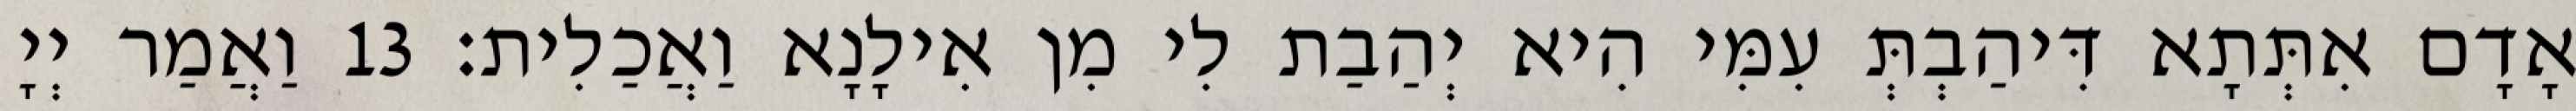
אָדָם אִתְּתָא דִּיהַבְתְּ עִמִּי הִיא יְהַבַת לִי מִן אִילָנָא וַאֲכַלִית׃ 13 וַאֲמַר יְיָ